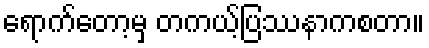
ရောက်တော့မှ တကယ့်ပြဿနာကစတာ။